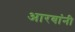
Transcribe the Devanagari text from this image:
आरबांनी